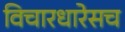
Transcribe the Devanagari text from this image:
विचारधारेसच